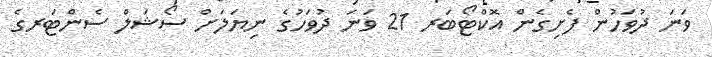
ވަނަ ދުވަހުން ފެށިގެން އޮކްޓޯބަރ 21 ވަނަ ދުވަހުގެ ނިޔަލަށް ސޯޝަލް ސެންޓަރގެ